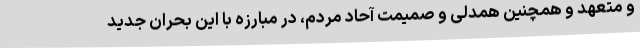
و متعهد و همچنین همدلی و صمیمت آحاد مردم، در مبارزه با این بحران جدید